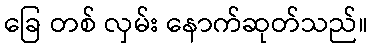
ခြေ တစ် လှမ်း နောက်ဆုတ်သည်။